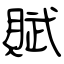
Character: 賦